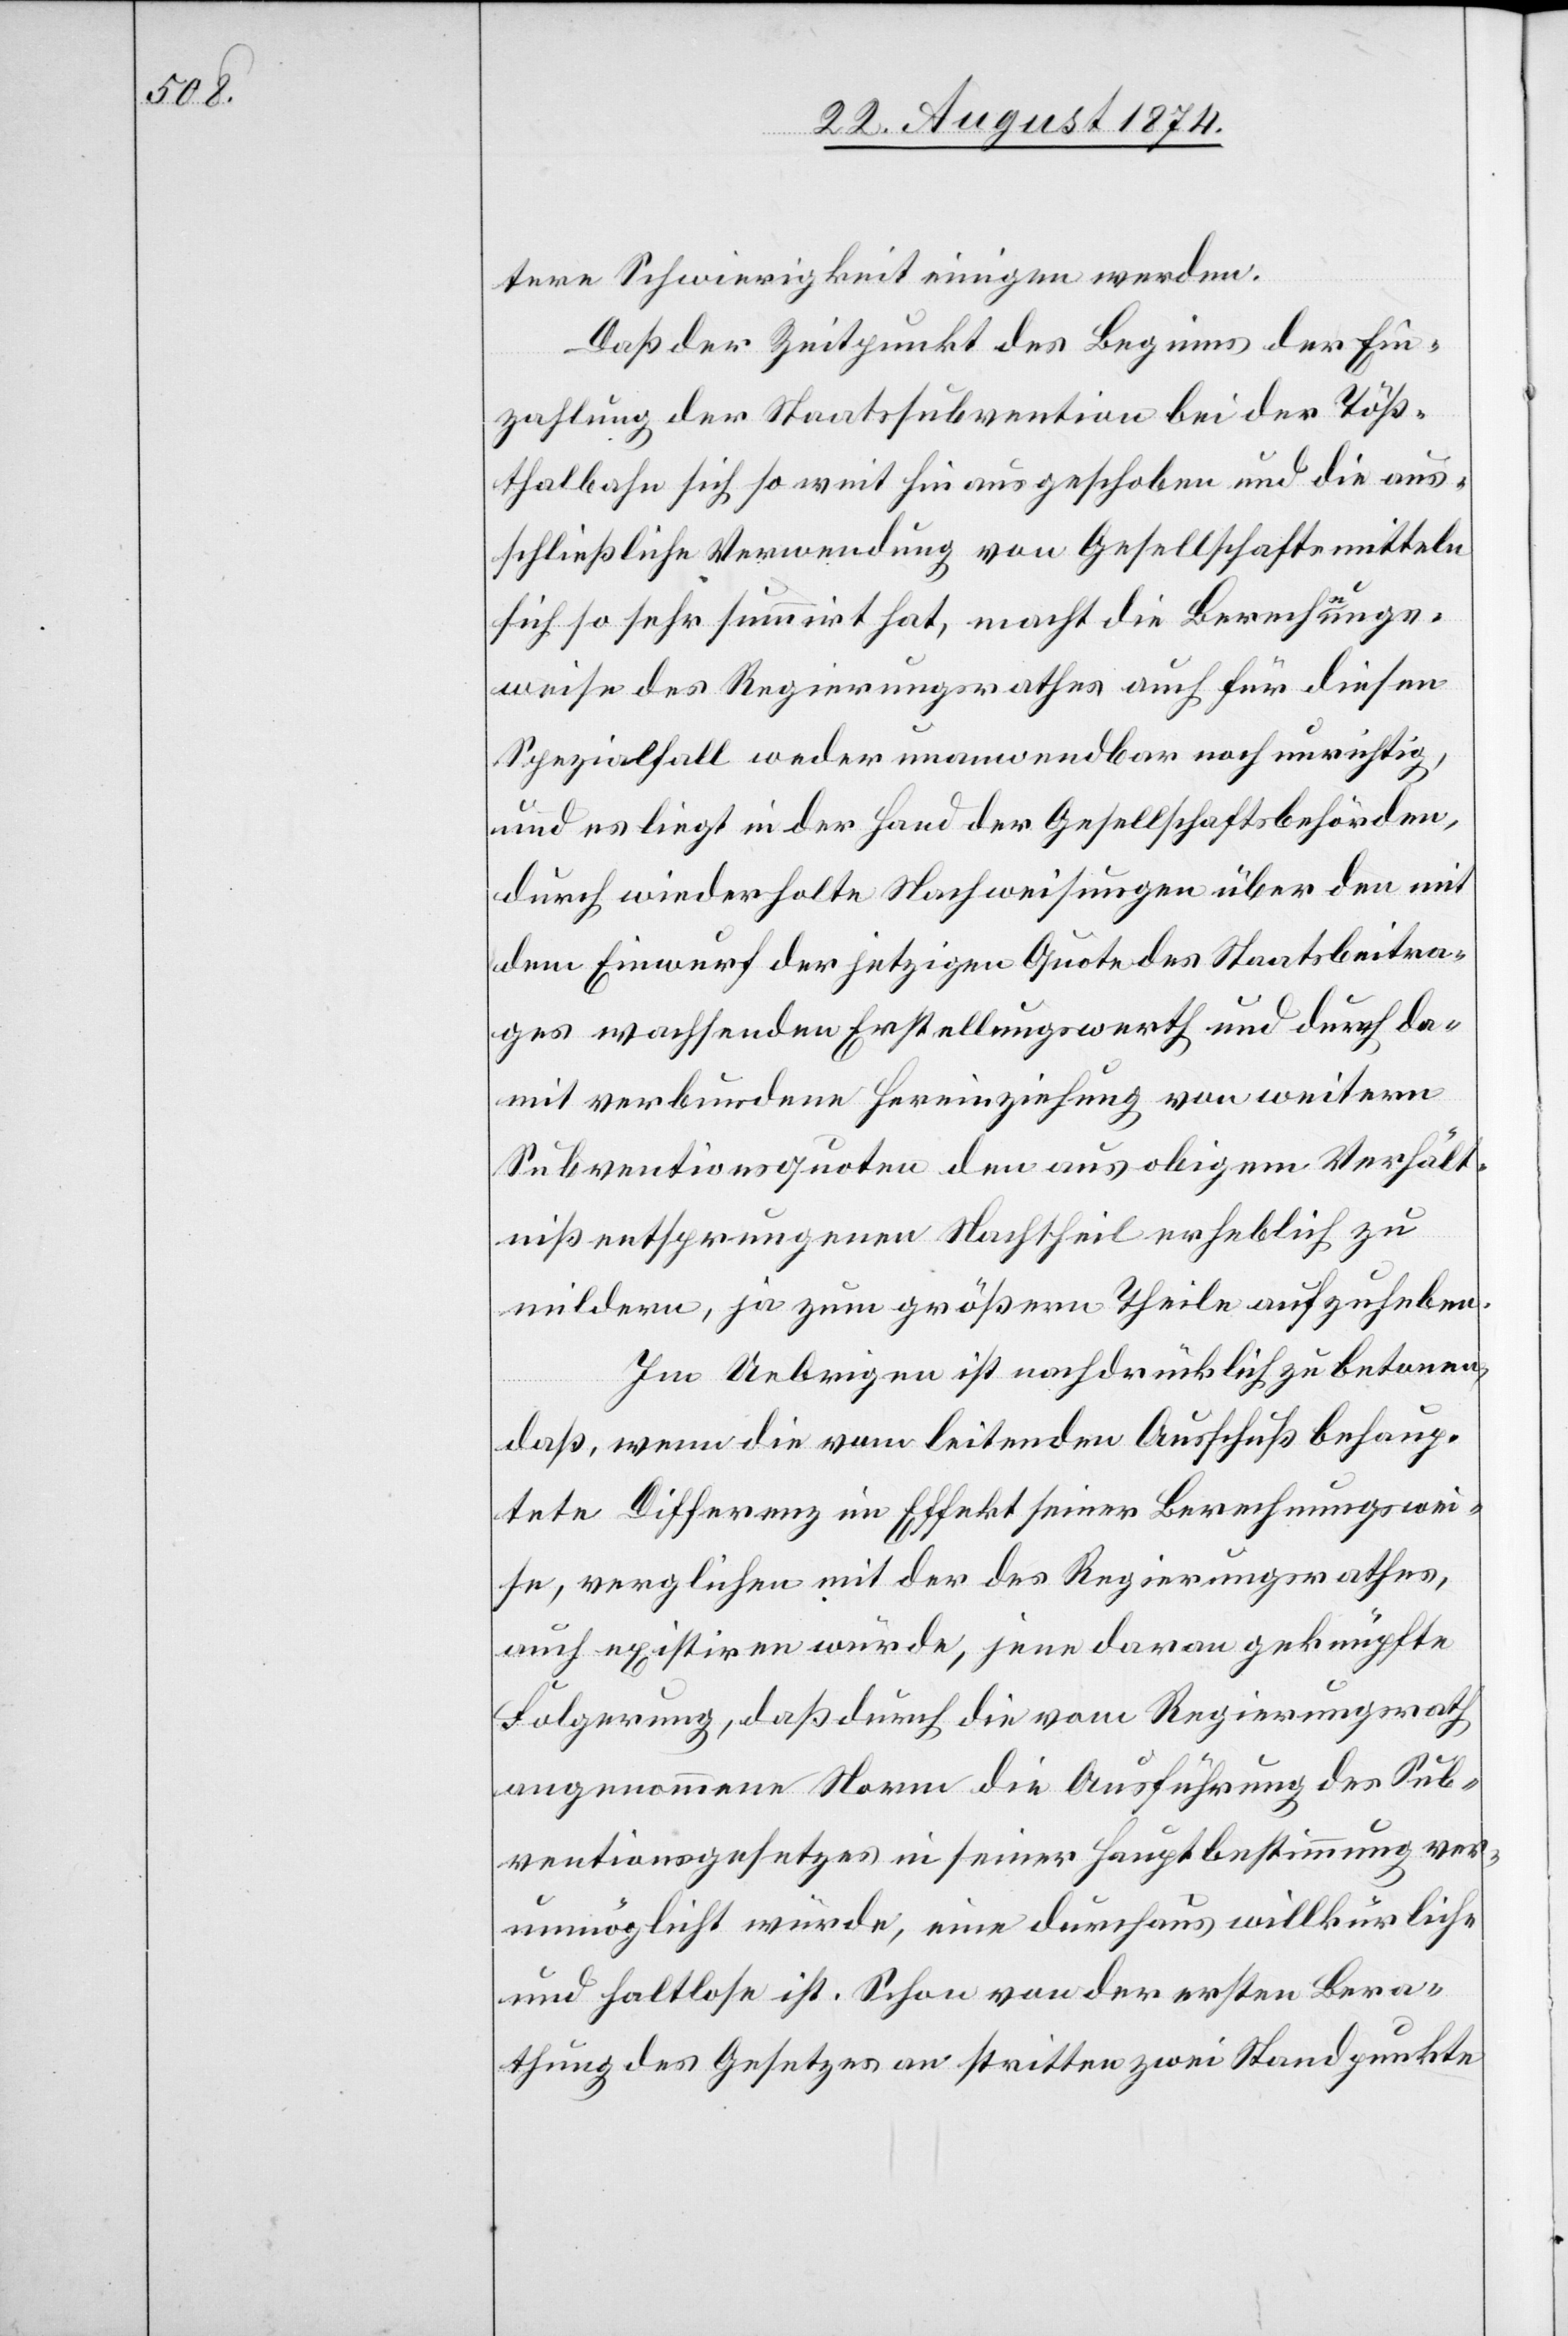
tere Schwierigkeit einigen werden.
Daß der Zeitpunkt des Beginns der Ein¬
zahlung der Staatssubvention bei der Töß¬
thalbahn sich so weit hinausgeschoben und die aus¬
schließliche Verwendung von Gesellschaftsmitteln
sich so sehr summirt hat, macht die Berechnungs¬
weise des Regierungsrathes auch für diesen
Spezialfall weder unanwendbar noch unrichtig,
und es liegt in der Hand der Gesellschaftsbehörden,
durch wiederholte Nachweisungen über den mit
dem Einwurf der jetzigen Quote des Staatsbeitra¬
ges wachsenden Erstellungswerth und durch da¬
mit verbundene Hereinziehung von weitern
Subventionsquoten den aus obigem Verhält¬
niß entsprungenen Nachtheil erheblich zu
mildern, ja zum größern Theile aufzuheben.
Im Uebrigen ist nachdrücklich zu betonen,
daß, wenn die vom leitenden Ausschuß behaup¬
tete Differenz im Effekt seiner Berechnungswei¬
se, verglichen mit der des Regierungsrathes,
auch existiren würde, jene daran geknüpfte
Folgerung, daß durch die vom Regierungsrath
angenommene Norm die Ausführung des Sub¬
ventionsgesetzes in seiner Hauptbestimmung ver¬
unmöglicht würde, eine durchaus willkürliche
und haltlose ist. Schon von der ersten Bera¬
thung des Gesetzes an stritten zwei Standpunkte